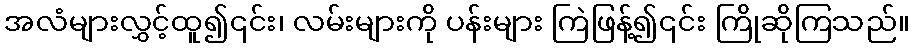
အလံများလွှင့်ထူ၍၎င်း၊ လမ်းများကို ပန်းများ ကြဲဖြန့်၍၎င်း ကြိုဆိုကြသည်။